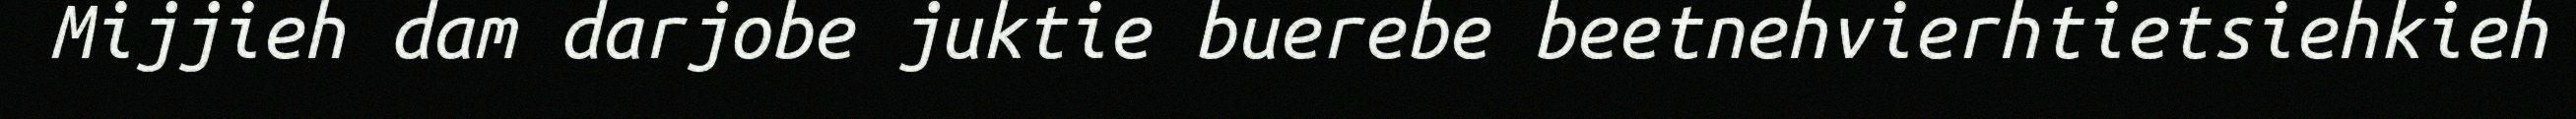
Mijjieh dam darjobe juktie buerebe beetnehvierhtietsiehkieh